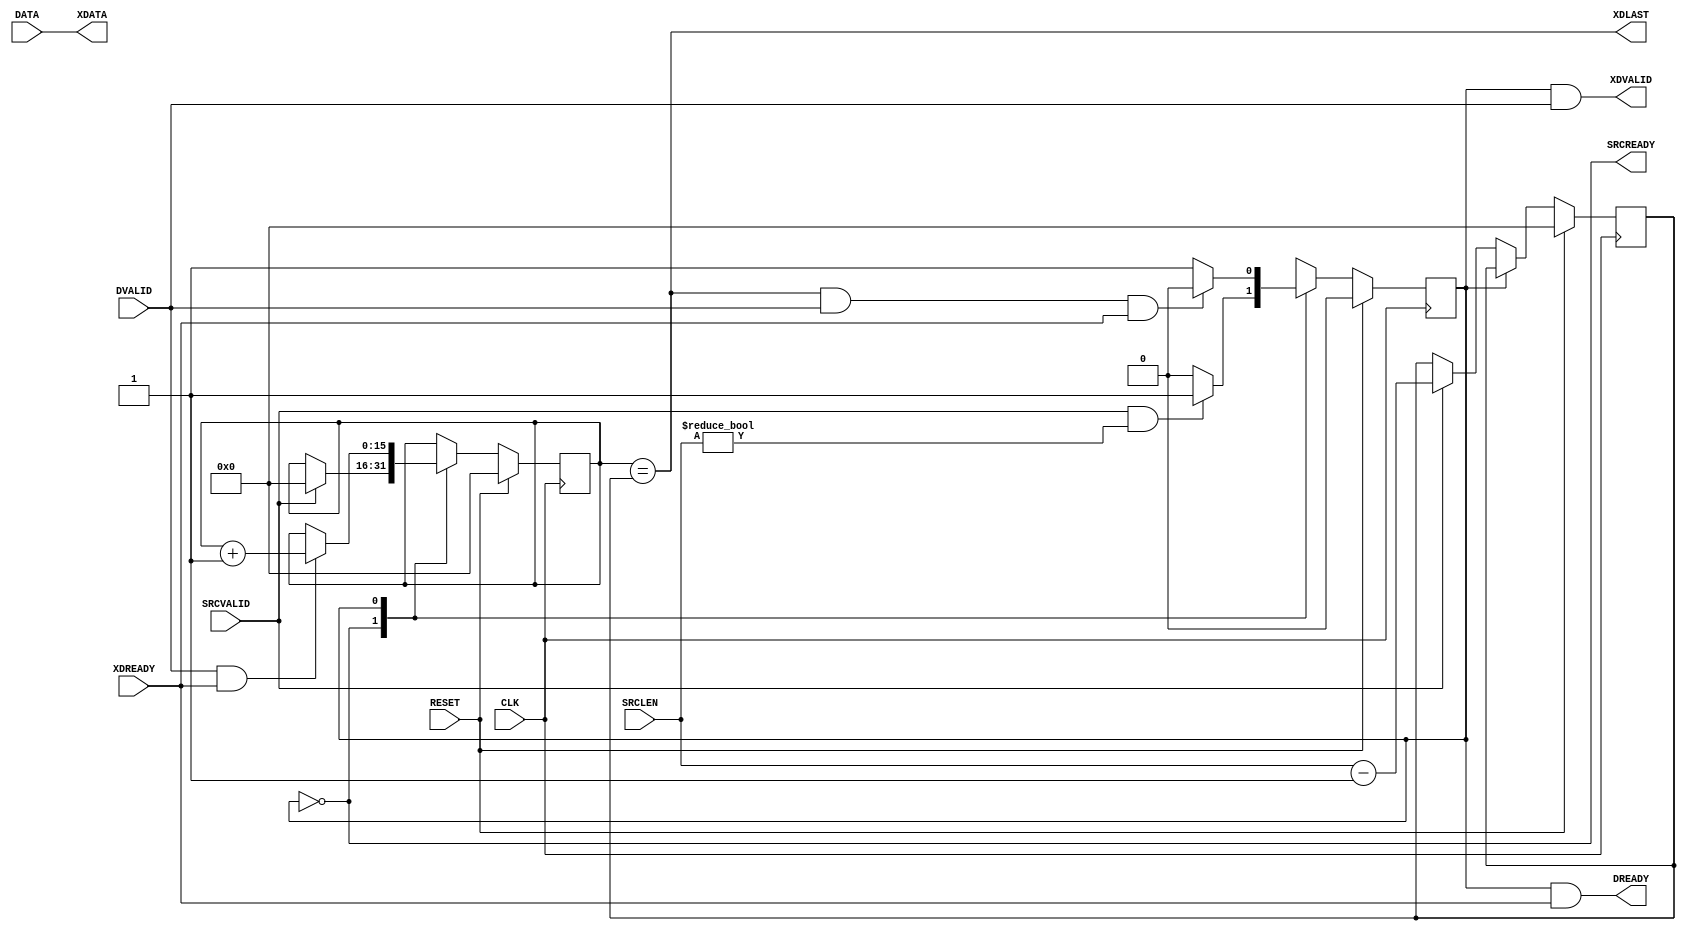
//////////////////////////////////////////////////////////////////////////////////
// DataDriver for Cosmos OpenSSD
// Copyright (c) 2015 Hanyang University ENC Lab.
// Contributed by Kibin Park <kbpark@enc.hanyang.ac.kr>
//                Yong Ho Song <yhsong@enc.hanyang.ac.kr>
//
// This file is part of Cosmos OpenSSD.
//
// Cosmos OpenSSD is free software; you can redistribute it and/or modify
// it under the terms of the GNU General Public License as published by
// the Free Software Foundation; either version 3, or (at your option)
// any later version.
//
// Cosmos OpenSSD is distributed in the hope that it will be useful,
// but WITHOUT ANY WARRANTY; without even the implied warranty of
// MERCHANTABILITY or FITNESS FOR A PARTICULAR PURPOSE.
// See the GNU General Public License for more details.
//
// You should have received a copy of the GNU General Public License
// along with Cosmos OpenSSD; see the file COPYING.
// If not, see <http://www.gnu.org/licenses/>. 
//////////////////////////////////////////////////////////////////////////////////

//////////////////////////////////////////////////////////////////////////////////
// Company: ENC Lab. <http://enc.hanyang.ac.kr>
// 
// Project Name: Cosmos OpenSSD
// Design Name: Data driver
// Module Name: DataDriver
//
// Version: v1.0.0
//
// Description: Drives a AXI-like data channel
//
//////////////////////////////////////////////////////////////////////////////////

//////////////////////////////////////////////////////////////////////////////////
// Revision History:
//
// * v1.0.0
//   - first draft 
//////////////////////////////////////////////////////////////////////////////////
`timescale 1ns / 1ps

module DataDriver
#
(
    parameter DataWidth         = 32    ,
    parameter LengthWidth       = 16
)
(
    CLK         ,
    RESET       ,
    SRCLEN      ,
    SRCVALID    ,
    SRCREADY    ,
    DATA        ,
    DVALID      ,
    DREADY      ,
    XDATA       ,
    XDVALID     ,
    XDREADY     ,
    XDLAST
);
    input                           CLK         ;
    input                           RESET       ;
    input   [LengthWidth - 1:0]     SRCLEN      ;
    input                           SRCVALID    ;
    output                          SRCREADY    ;
    input   [DataWidth - 1:0]       DATA        ;
    input                           DVALID      ;
    output                          DREADY      ;
    output  [DataWidth - 1:0]       XDATA       ;
    output                          XDVALID     ;
    input                           XDREADY     ;
    output                          XDLAST      ;

    localparam  State_Idle          = 1'b0      ;
    localparam  State_Requesting    = 1'b1      ;
    reg         rCurState                       ;
    reg         rNextState                      ;
    
    reg [LengthWidth - 1:0]         rLength     ;
    reg [LengthWidth - 1:0]         rCount      ;                      
    
    always @ (posedge CLK)
        if (RESET)
            rCurState <= State_Idle;
        else
            rCurState <= rNextState;

    always @ (*)
        case (rCurState)
        State_Idle:
            if (SRCVALID && (SRCLEN != 0))
                rNextState <= State_Requesting;
            else
                rNextState <= State_Idle;
        State_Requesting:
            rNextState <= (rCount == rLength && DVALID && XDREADY)?State_Idle:State_Requesting;
        endcase
    
    assign SRCREADY = (rCurState == State_Idle);
    
    always @ (posedge CLK)
        if (RESET)
            rLength <= {(LengthWidth){1'b0}};
        else
            case (rCurState)
            State_Idle:
                if (SRCVALID)
                    rLength <= SRCLEN - 1'b1;
            endcase
    
    always @ (posedge CLK)
        if (RESET)
            rCount <= {(LengthWidth){1'b0}};
        else
            case (rCurState)
            State_Idle:
                if (SRCVALID)
                    rCount <= {(LengthWidth){1'b0}};
            State_Requesting:
                if (DVALID && XDREADY)
                    rCount <= rCount + 1'b1;
            endcase
    
    assign XDATA   = DATA;
    assign XDVALID = (rCurState == State_Requesting) && DVALID  ;
    assign DREADY  = (rCurState == State_Requesting) && XDREADY ;
    assign XDLAST  = (rCount == rLength);
    
endmodule